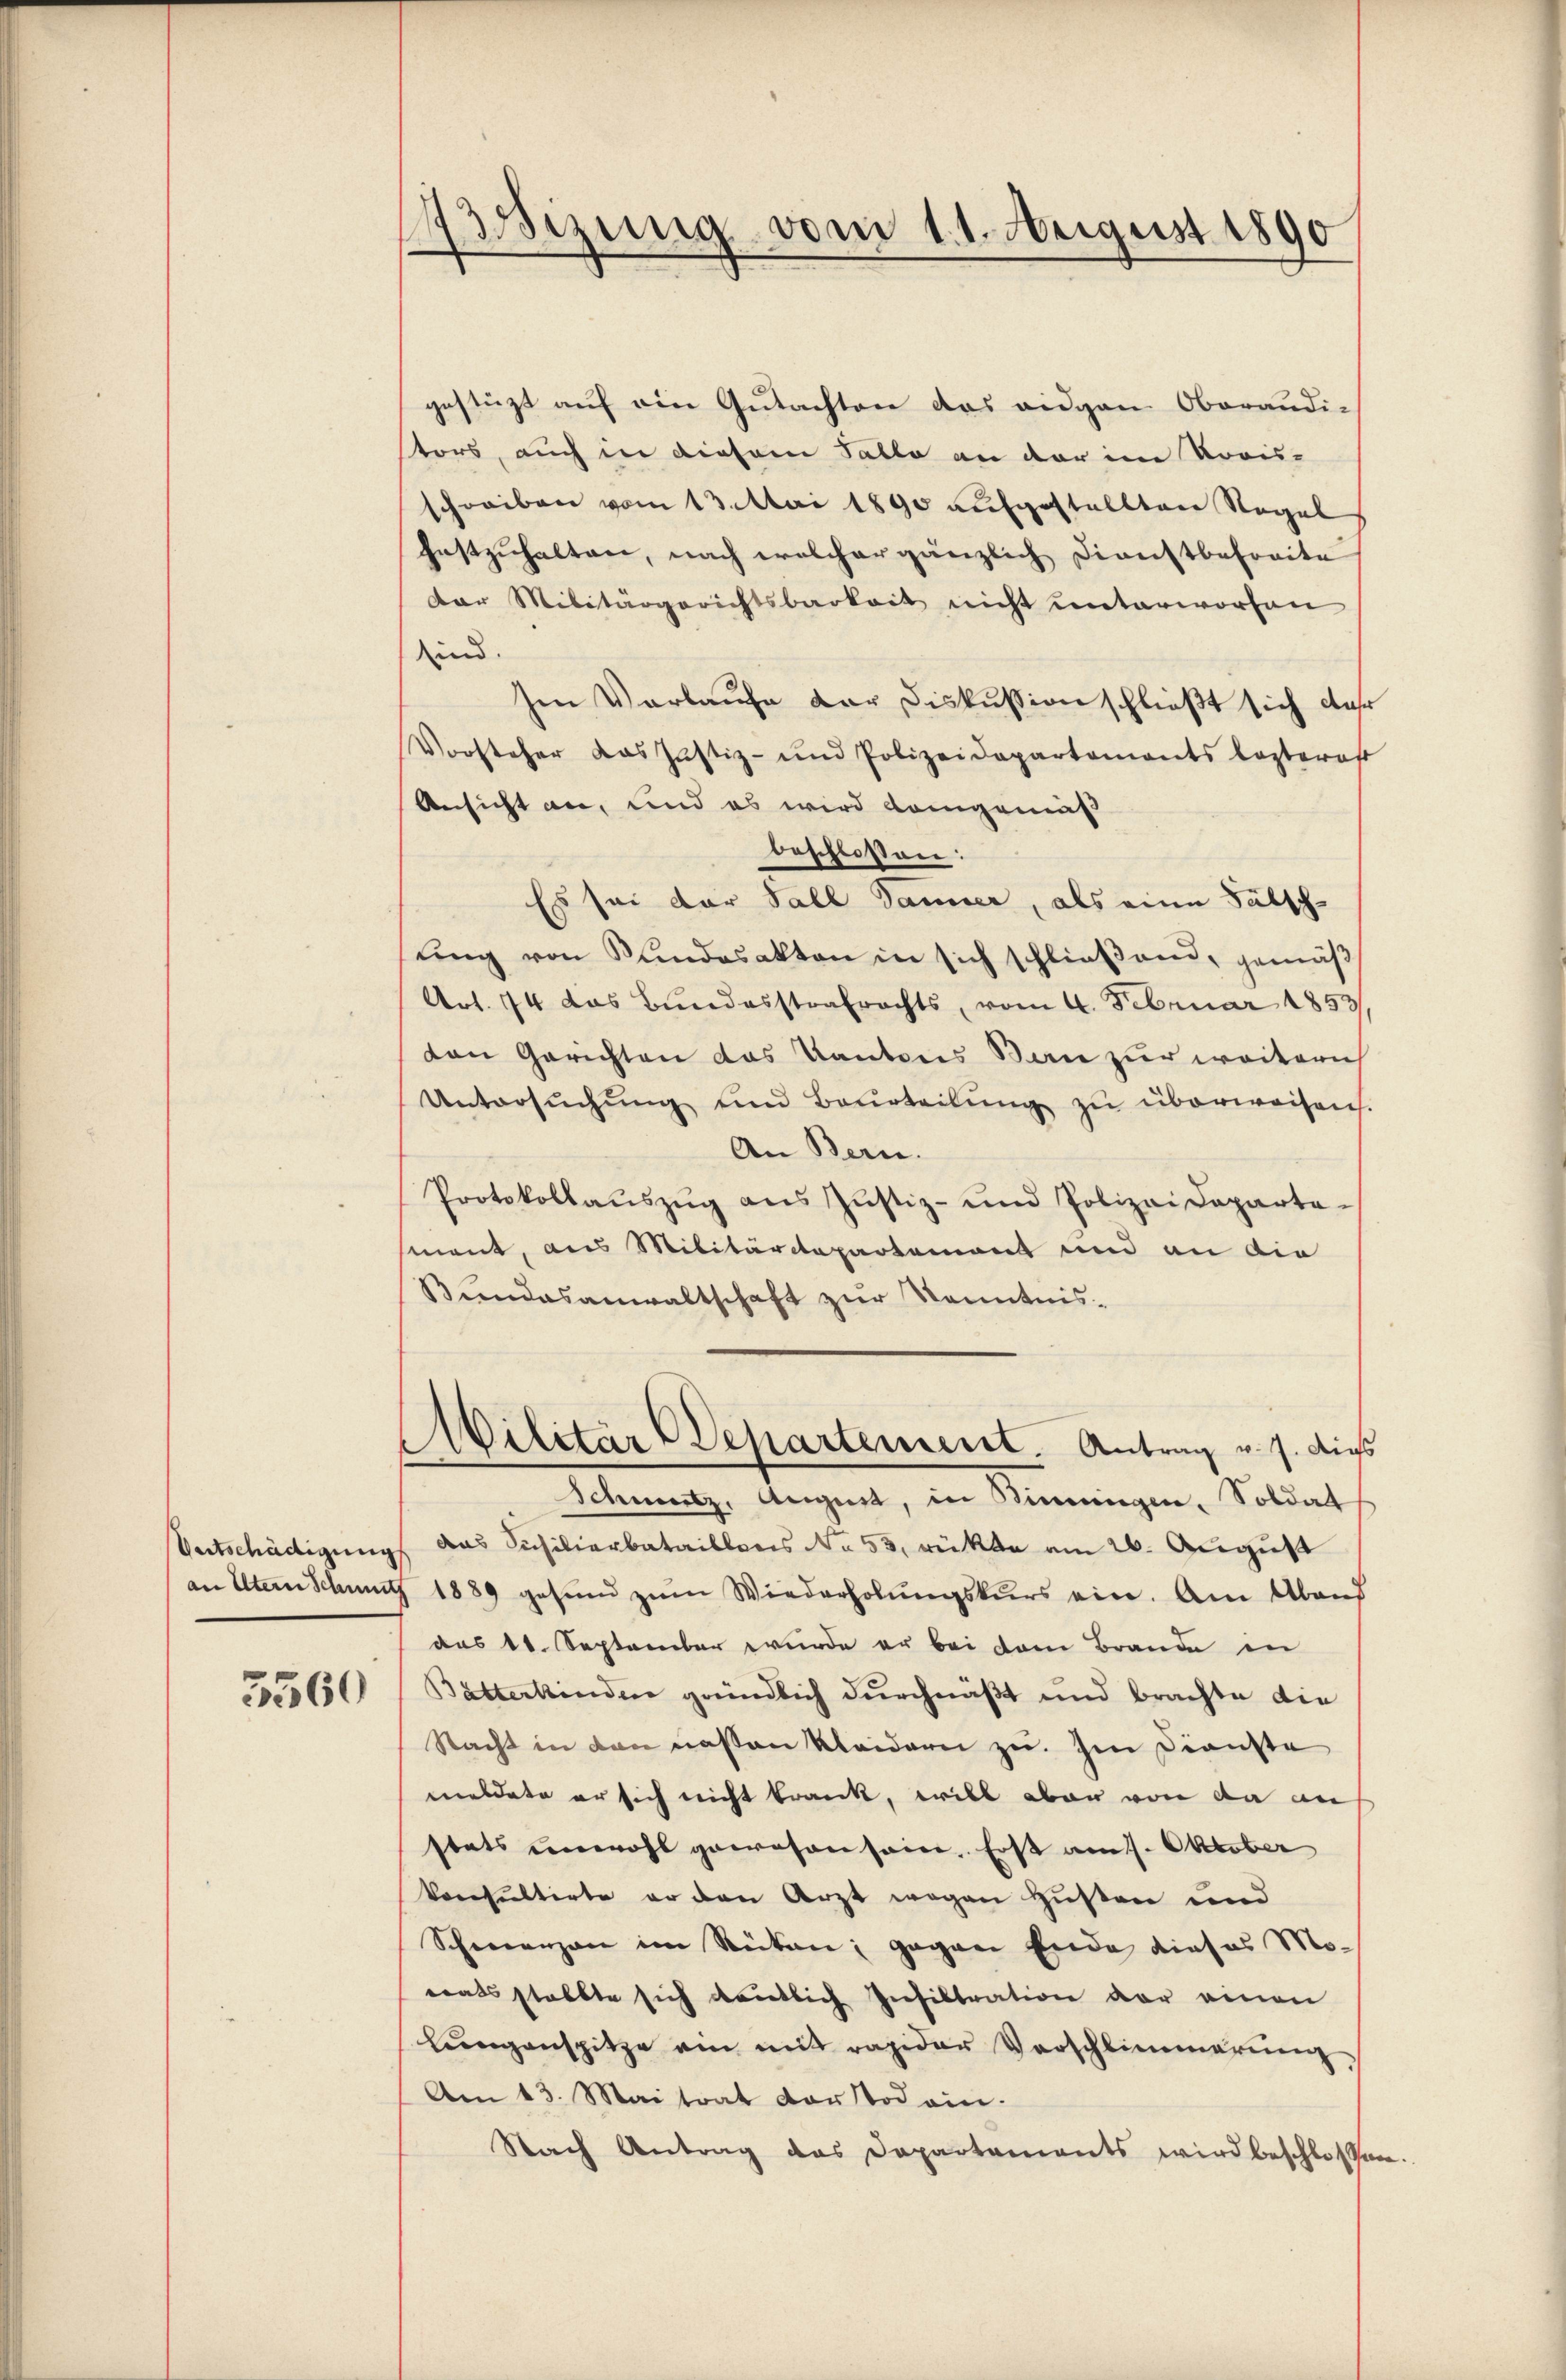
5560

Arsizung vom 11. August 1890

gestüzt auf ein Gutachten das eidgen Oberaudi-
stors, auch in diesem Falle an der im Koois-
schreiben vom 13. Mai 1890 aufgestellten Regel
festzuhalten, nach welcher gänzlich Dienstbefreite
dar Militärgerichtsbarkeit nicht unterworfen
sind.
sen Verlaufe der Diskussion schließt sich der
Vorsteher das Justiz- und Polizeidepartements lezteres
Ansicht an, und es wird demgemäß
beschlossen:
Es sei der Fall Danier, als eine Fälschuing von Kundsakten in sich schließend, gemäß
Art. 74 das Bundesstrafrechts, vom 4. Februar 1853
von Gerichten das Kantons San zur weitern
Untersŭchŭng und Beurteilŭng zŭ überweisen.
An Bern.
Protokollaŭszŭg ans Justiz- und Polizeideparta-
sment, aus Militärdepartement und an die
Bŭndesanwaltschaft zŭr Kenntnis-
Militär Departement. Antrag v. J. dies
Schmutz, August, in Binzingen, Soldat
Entschädigung das Siciliarbataillons No. 53, rükte am 26. August
an Altern Schnung 1889 gesund zŭm Wiederholŭngskurs ein. Am Abend
aas 11. September wurde er bei dem Brande in
Bätterkinden gründlich durchnäßt und brachte die
Nacht in den nassen kleidern zu. Im Dienste
meldete er sich nicht krank, will aber von da an
stets unwohl gewesen sein. Erst am 11. Oktober
konsultirte er den Arzt wegen Husten und
Schmerzen im Seiten; gegen Ende dieses Motrats statte sich deutlich Infiltration vor einen
lŭngenspitze ein mit rapider Vorschlimmerŭng.
Am 13. Maitrat der Tod ein.
Nach Antrag das Departaments wird beschlossen.